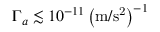
\Gamma _ { a } \lesssim 1 0 ^ { - 1 1 } \left( \mathrm { m / s ^ { 2 } } \right) ^ { - 1 }